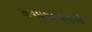
કાયદાઘડનારાઓ